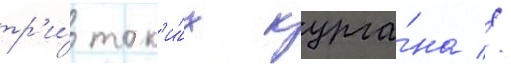
тр'и́ так'и́х курга́на //